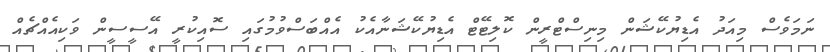
ނަަމަވެސް މިއަދު އެޑިޔުކޭޝަން މިނިސްޓްރީން ކޮލިޓޭޓް އެޑިޔުކޭޝަނާއެކު އެއްބަސްވުމުގައި ސޮއިކުރީ އޭސީސީން ވަކިއެއްޗެއް